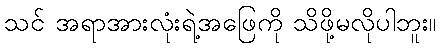
သင် အရာအားလုံးရဲ့အဖြေကို သိဖို့မလိုပါဘူး။